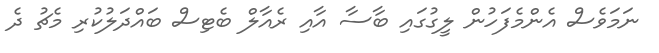
ނަމަވެސް އެންމެފަހުން ލީގުގައި ބާސާ އާއި ރެއާލް ބެޓިސް ބައްދަލުކުރި މެޗު ދެ